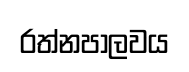
රත්නපාලවය